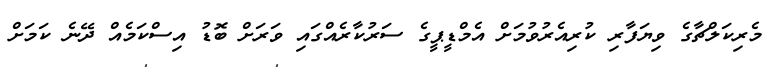
މެރިކަލްޗާގެ ވިޔަފާރި ކުރިއެރުވުމަށް އެމްޑީޕީގެ ސަރުކާރެއްގައި ވަރަށް ބޮޑު އިސްކަމެއް ދޭނެ ކަމަށް